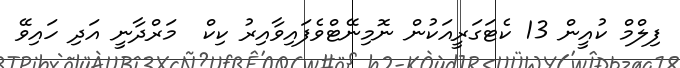
ފިލްމް ކުއީން 13 ކެޓަގަރީއަކުން ނޮމިނޭޓްވެފައިވާއިރު ކިކް  މަރްދާނީ އަދި ހައިވޭ